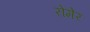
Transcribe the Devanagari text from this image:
रोमेर